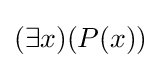
(\exists x)(P(x))